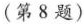
(第8题)